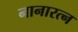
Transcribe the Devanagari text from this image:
नानारत्न